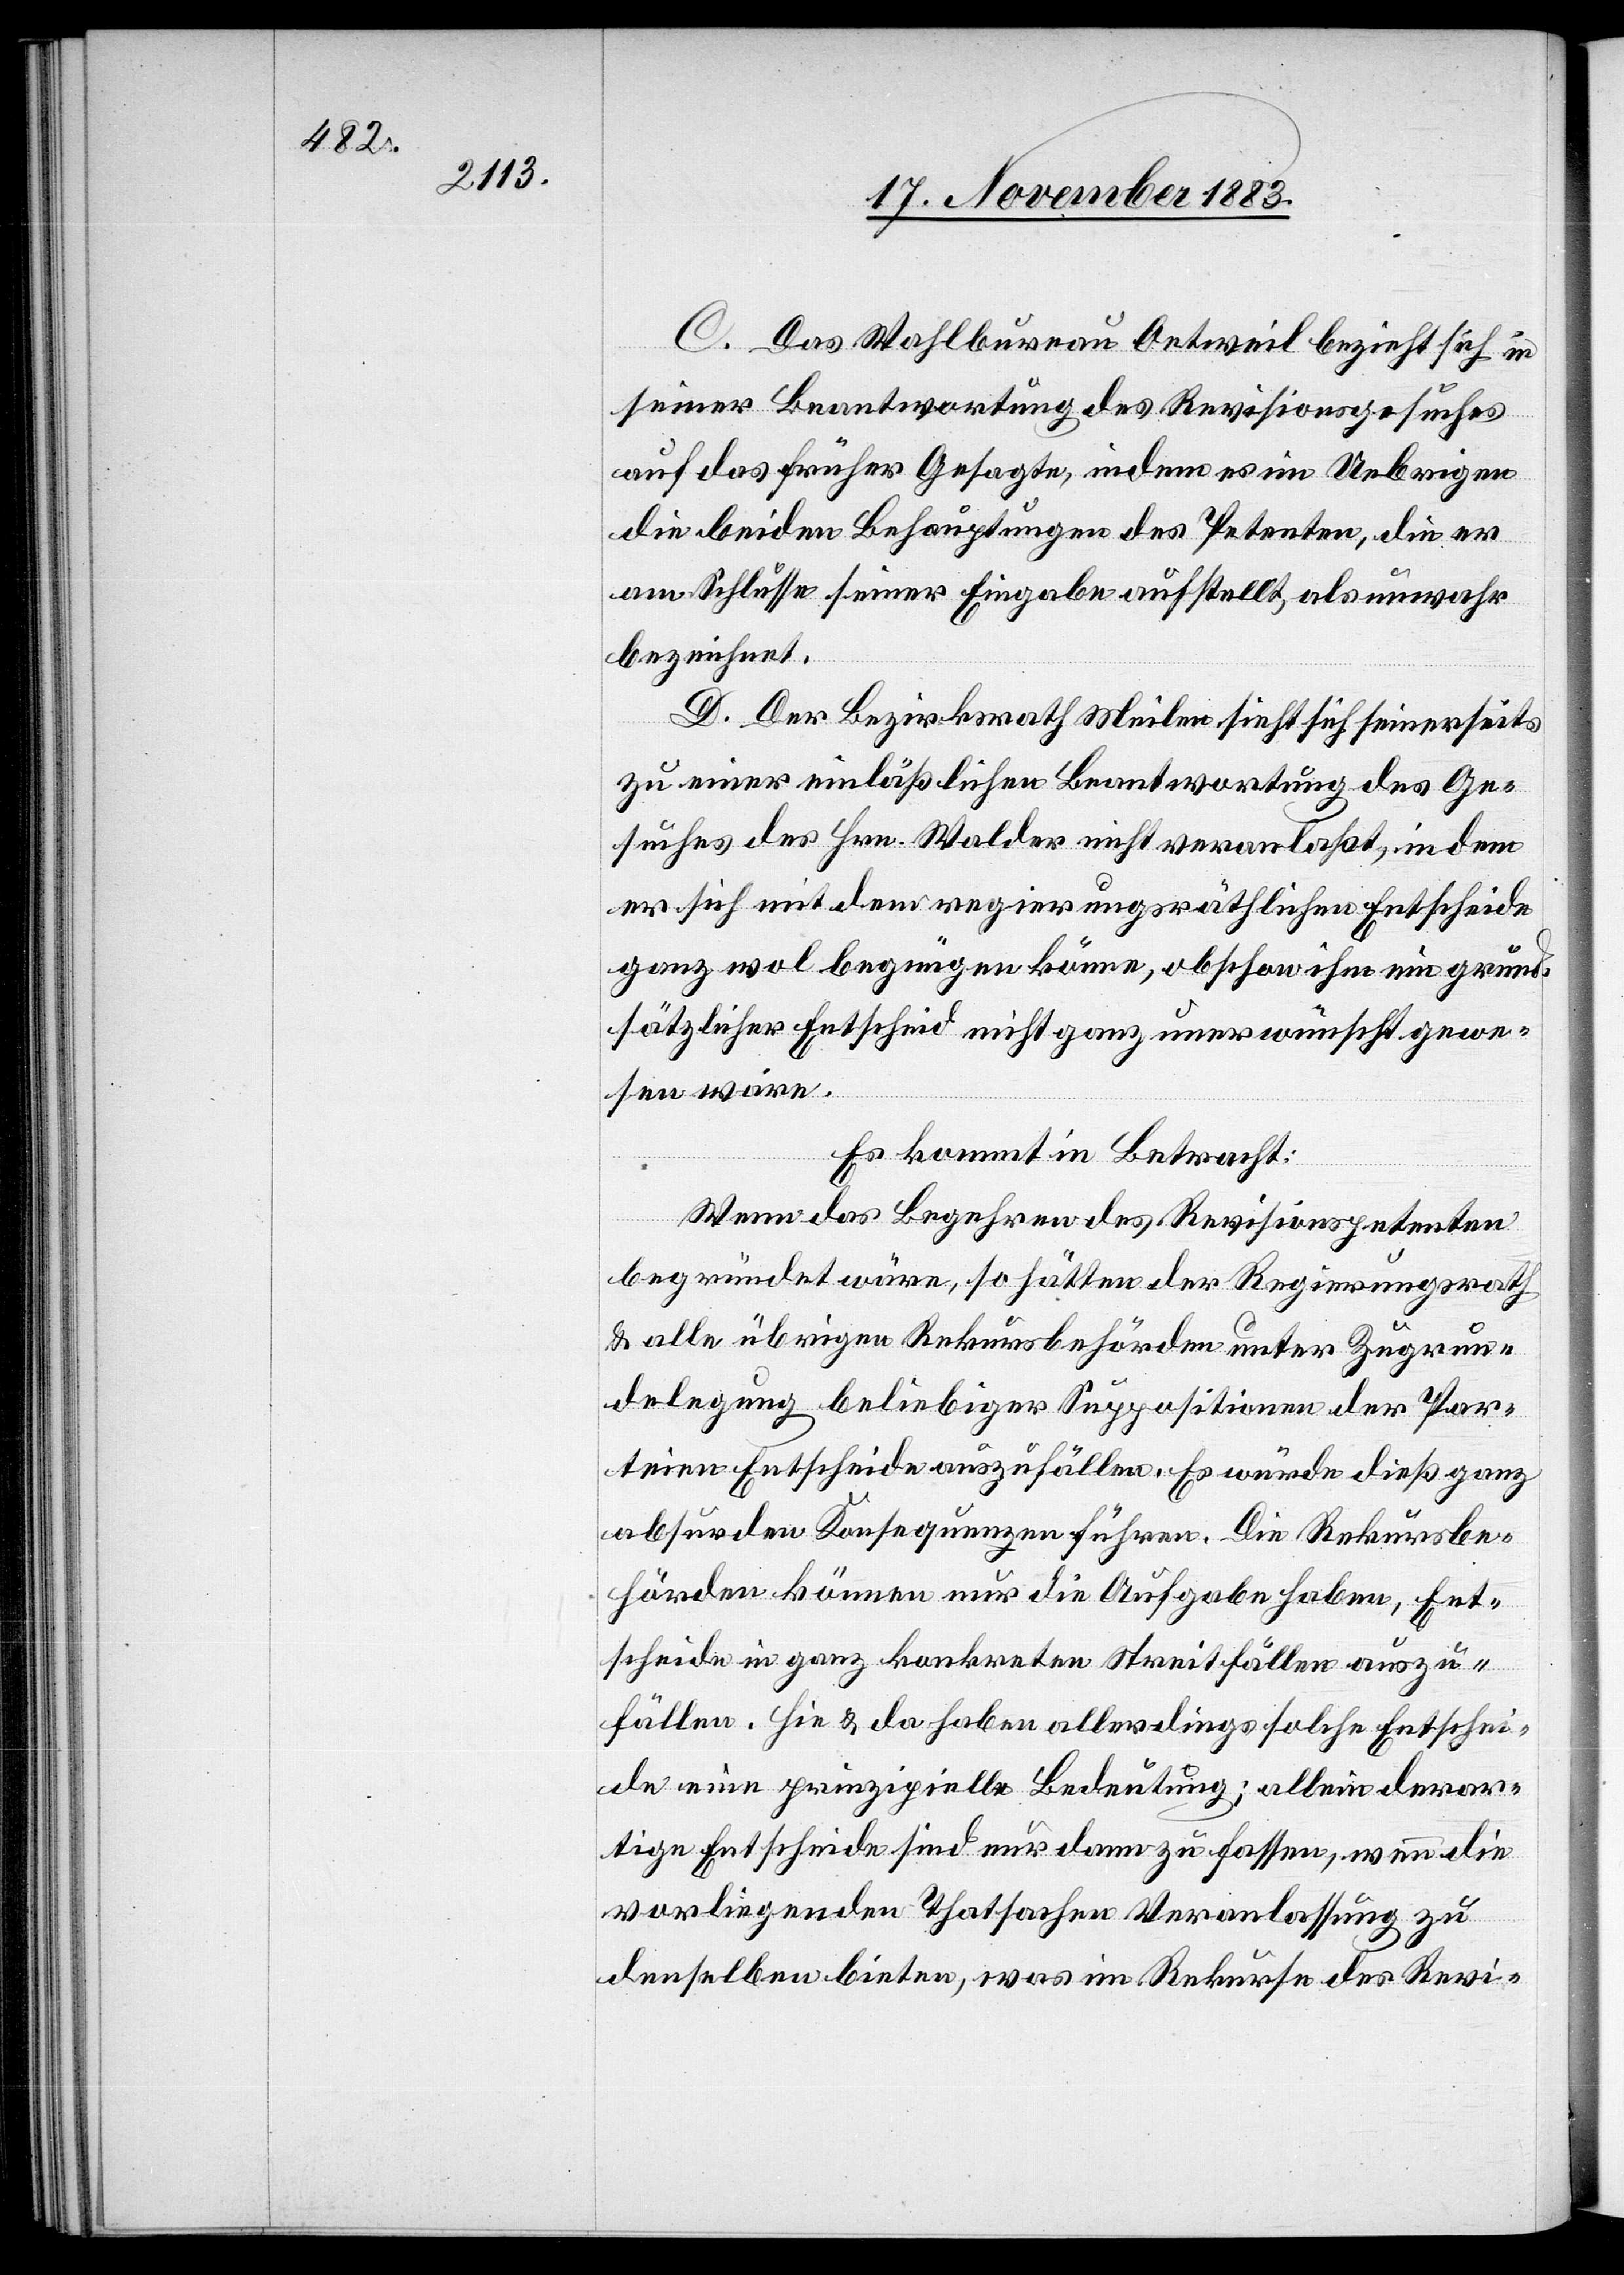
C. Das Wahlbureau Oetweil bezieht sich in
seiner Beantwortung des Revisionsgesuches
auf das früher Gesagte, indem es im Uebrigen
die beiden Behauptungen des Petenten, die er
am Schlusse seiner Eingabe aufstellt, als unwahr
bezeichnet.
D. Der Bezirksrath Meilen sieht sich seinerseits
zu einer einläßlichen Beantwortung des Ge¬
suches des Hrn. Walder nicht veranlaßt, indem
er sich mit dem regierungsräthlichen Entscheide
ganz wol begnügen könne, obschon ihm ein grund¬
sätzlicher Entscheid nicht ganz unerwünscht gewe¬
sen wäre.
Es kommt in Betracht:
Wenn das Begehren des Revisionspetenten
begründet wäre, so hätten der Regierungsrath
& alle übrigen Rekursbehörden unter Zugrun¬
delegung beliebiger Suppositionen der Par¬
teien Entscheide auszufällen. Es würde dieß [zu] ganz
absurden Konsequenzen führen. Die Rekursbe¬
hörden können nur die Aufgabe haben, Ent¬
scheide in ganz konkreten Streitfällen auszu¬
fällen. Hie & da haben allerdings solche Entschei¬
de eine prinzipielle Bedeutung; allein derar¬
tige Entscheide sind nur dann zu fassen, wenn die
vorliegenden Thatsachen Veranlassung zu
denselben bieten, was im Rekurse des Revi-